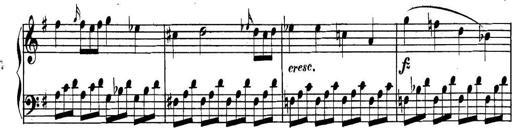
Title: Collected Piano Sonatas
Composer: Muzio Clementi